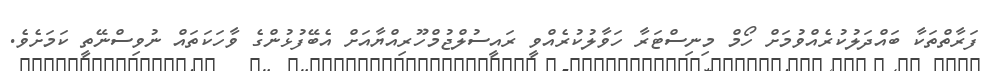
ފަރާތްތަކާ ބައްދަލުކުރެއްވުމަށް ހޯމް މިނިސްޓަރާ ހަވާލުކުރެއްވީ ރައީސުލްޖުމްހޫރިއްޔާއަށް އެބޭފުޅުންގެ ވާހަކަތައް ނުވިސްނޭތީ ކަމަށެވެ.